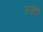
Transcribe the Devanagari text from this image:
सचेंदी